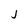
Character: j